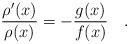
LaTeX: \begin{align*}\frac{\rho'(x)}{\rho(x)}=-\frac{g(x)}{f(x)} \quad.\end{align*}